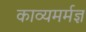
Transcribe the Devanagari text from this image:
काव्यमर्मज्ञ